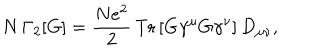
N \, \Gamma _ { 2 } [ G ] = \frac { N e ^ { 2 } } { 2 } \, \mathrm { T r } \left[ G \gamma ^ { \mu } G \gamma ^ { \nu } \right] D _ { \mu \nu } ,